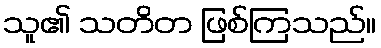
သူ၏ သတိတ ဖြစ်ကြသည်။